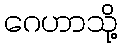
ဂေဟာသို့